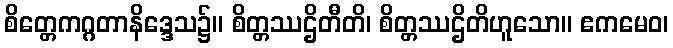
စိတ္တေကဂ္ဂတာနိဒ္ဒေသ၌။ စိတ္တဿဌိတီတိ၊ စိတ္တဿဌိတိဟူသော။ ဧကမေဝ၊